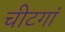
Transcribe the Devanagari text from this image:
चीटगां